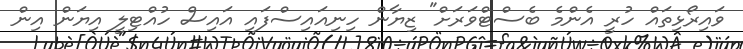
ވައިރޯޅިތައް ހުރީ އެންމެ ބެސްޓްވަރަށް" ޒިޔާން ހިނިއައިސްފައި އައިސް ހުއްޓިލީ އިޔަން އިން